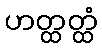
ဟတ္ထတ္ထံ